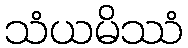
သံယမိဿံ